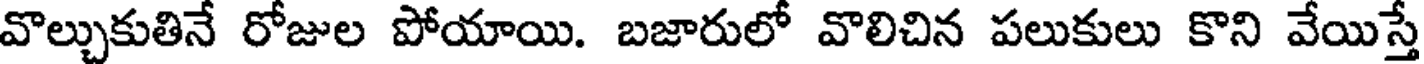
వొల్చుకుతినే రోజుల పోయాయి. బజారులో వొలిచిన పలుకులు కొని వేయిస్తే